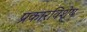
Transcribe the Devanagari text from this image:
प्रकारविशेष